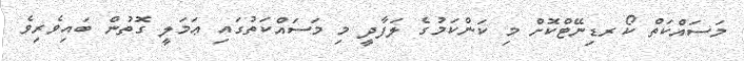
މަސައްކަތް ކޯރޑިނޭޓްކޮށް މި ކަންކަމުގެ ލަފާދީ މި މަސައްކަތުގައި ޢަމަލީ ގޮތުން ބައިވެރިވެ